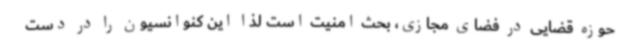
حوزه قضایی در فضای مجازی، بحث امنیت است لذا این کنوانسیون را در دست